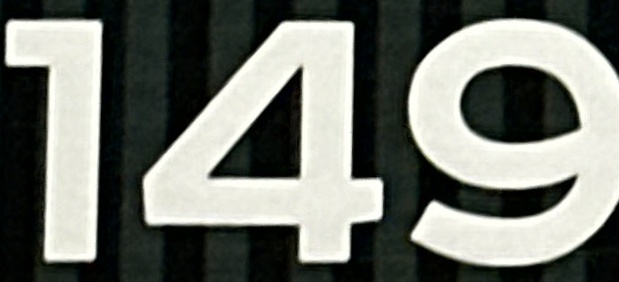
149